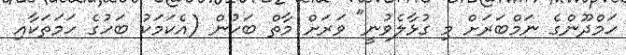
ހަމްދޫންގެ ނަމްބަރަށް މި ގުޅާލެވުނީ" ވަރަށް މާތް ބަހުން (އެކަމަކު ބަހުގެ ހަމަތަކާއި